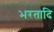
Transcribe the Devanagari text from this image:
भरतादि